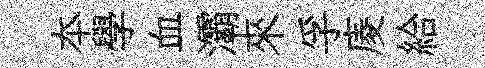
夲學血灞來孚庱給